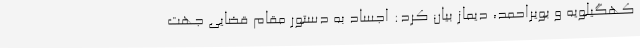
کهگیلویه و بویراحمد، دیماز بیان کرد: اجساد به دستور مقام قضایی جهت